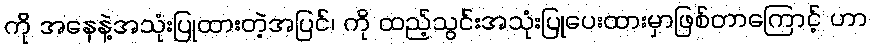
ကို အနေနဲ့အသုံးပြုထားတဲ့အပြင်၊ ကို ထည့်သွင်းအသုံးပြုပေးထားမှာဖြစ်တာကြောင့် ဟာ